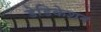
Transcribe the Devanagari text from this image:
डेडिकेशन